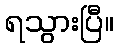
ရသွားပြီ။